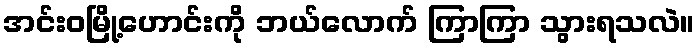
အင်းဝမြို့ဟောင်းကို ဘယ်လောက် ကြာကြာ သွားရသလဲ။